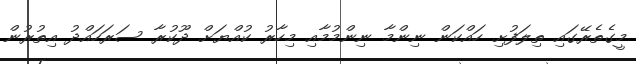
މީގެތެރޭގައި ތިލަފުށި ހައްކަން ނިންމާ ނިންމުމާއި މިހާރު ކުއްޔަށް ދޫކުރާ ސަރަހައްދު އިތުރުން